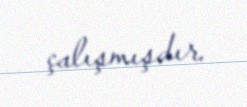
çalışmışdır.